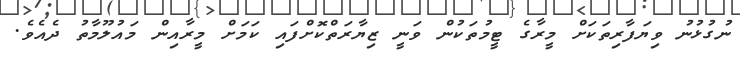
ނުގުޅުނު ވިޔަފާރިތަކަށް މީރާގެ ޓީމުތަކުން ވަނީ ޒިޔާރަތްކޮށްފައި ކަމަށް މީރާއިން މައުލޫމާތު ދެއެވެ.